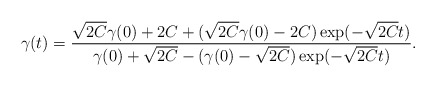
\begin{align*} \gamma(t)=\frac{\sqrt{2C}\gamma(0)+2C+(\sqrt{2C}\gamma(0)-2C)\exp(-\sqrt{2C}t)}{\gamma(0)+\sqrt{2C}-(\gamma(0)-\sqrt{2C})\exp(-\sqrt{2C}t)}.\end{align*}